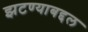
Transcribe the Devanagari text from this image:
झटण्याबद्दल